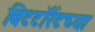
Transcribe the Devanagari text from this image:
बिटटॉरेंटच्या